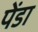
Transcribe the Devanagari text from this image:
पेंडा